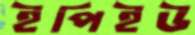
ইপিইউ